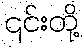
၎င်းတို့